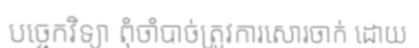
បច្ចេកវិទ្យា ពុំចាំបាច់ត្រូវការសោរចាក់ ដោយ